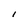
Character: l